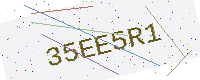
Text: 35EE5R1